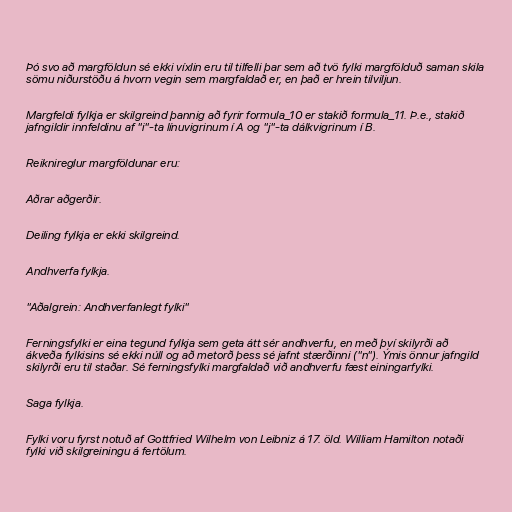
Þó svo að margföldun sé ekki víxlin eru til tilfelli þar sem að tvö fylki margfölduð saman skila
sömu niðurstöðu á hvorn vegin sem margfaldað er, en það er hrein tilviljun.

Margfeldi fylkja er skilgreind þannig að fyrir formula_10 er stakið formula_11. Þ.e., stakið
jafngildir innfeldinu af "i"-ta línuvigrinum í A og "j"-ta dálkvigrinum í B.

Reiknireglur margföldunar eru:

Aðrar aðgerðir.

Deiling fylkja er ekki skilgreind.

Andhverfa fylkja.

"Aðalgrein: Andhverfanlegt fylki"

Ferningsfylki er eina tegund fylkja sem geta átt sér andhverfu, en með því skilyrði að
ákveða fylkisins sé ekki núll og að metorð þess sé jafnt stærðinni ("n"). Ýmis önnur jafngild
skilyrði eru til staðar. Sé ferningsfylki margfaldað við andhverfu fæst einingarfylki.

Saga fylkja.

Fylki voru fyrst notuð af Gottfried Wilhelm von Leibniz á 17. öld. William Hamilton notaði
fylki við skilgreiningu á fertölum.